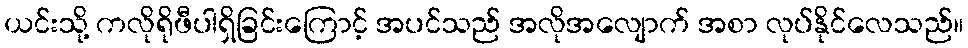
ယင်းသို့ ကလိုရိုဖီပါရှိခြင်းကြောင့် အပင်သည် အလိုအလျောက် အစာ လုပ်နိုင်လေသည်။